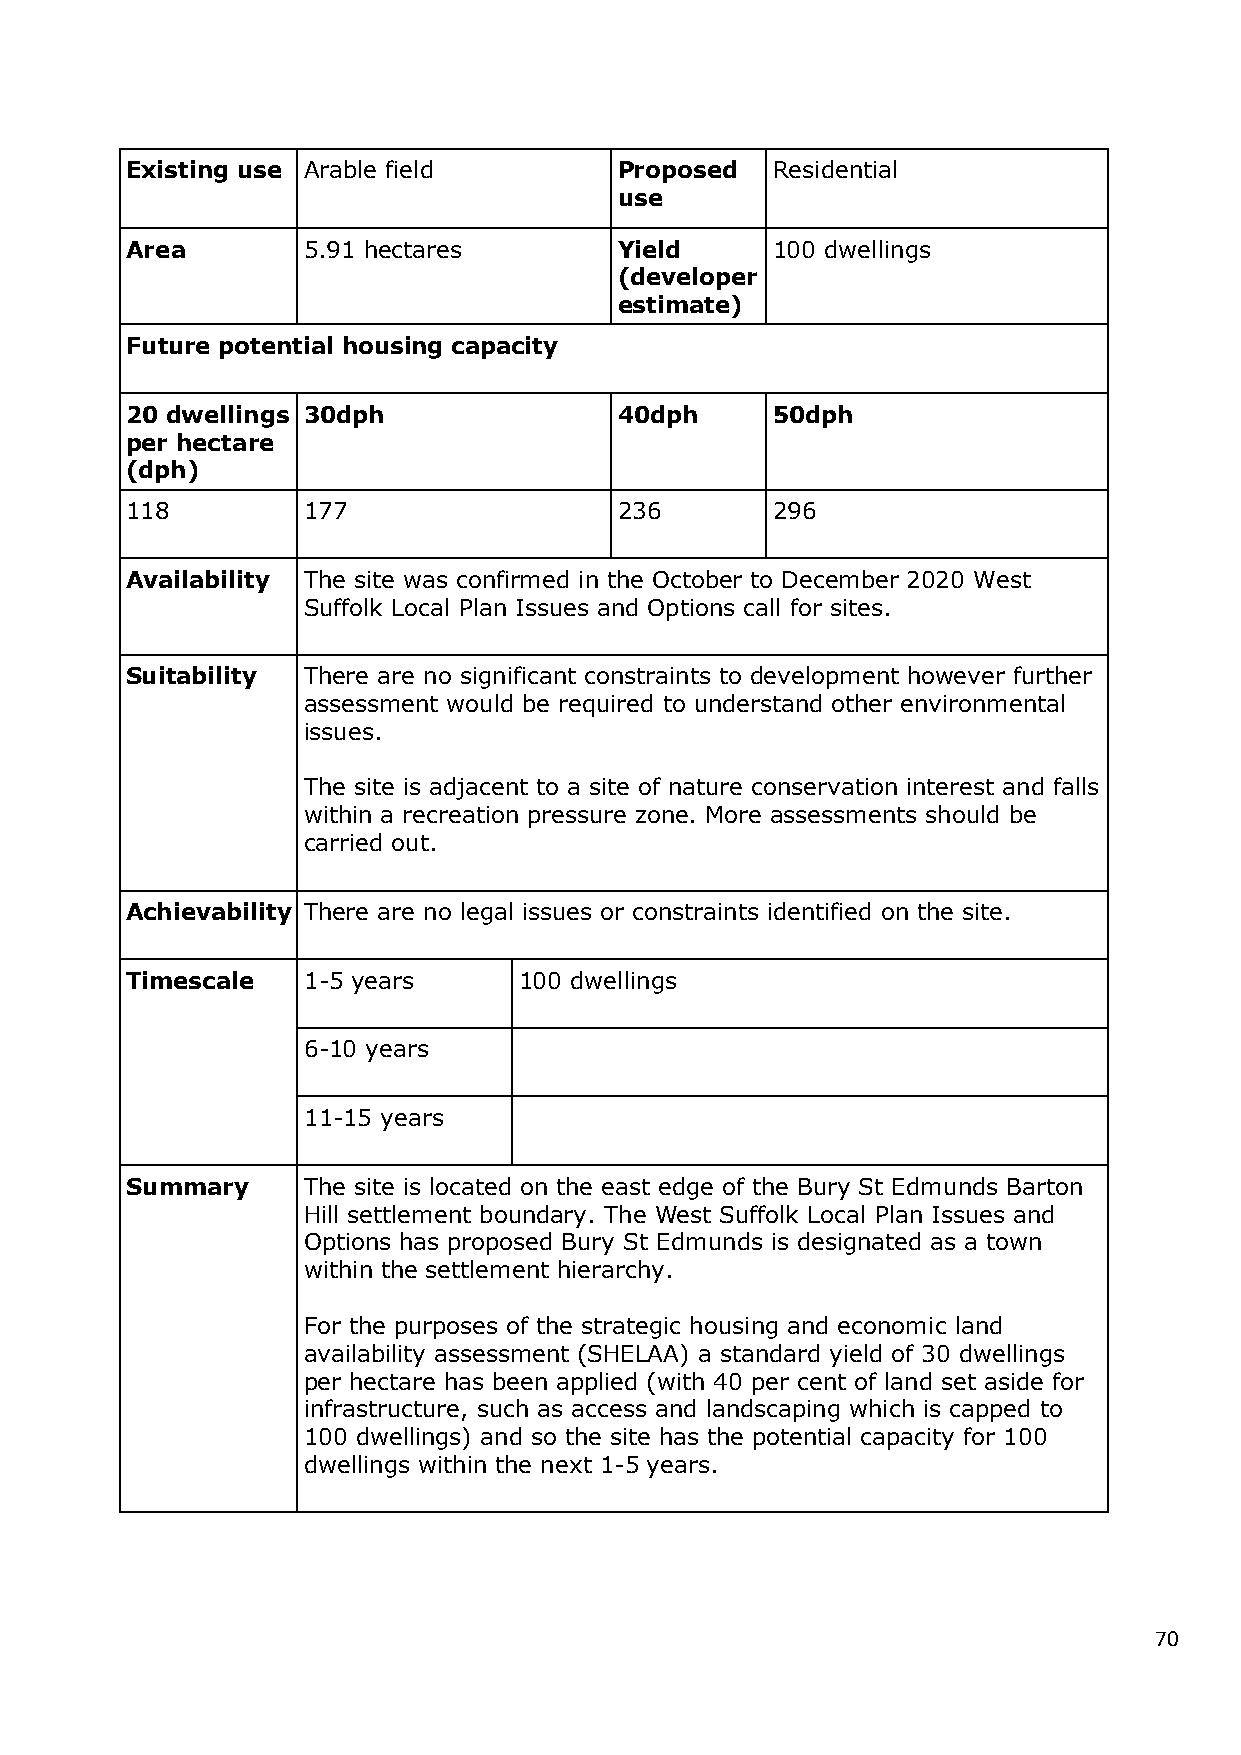
Existing use Arable field        Proposed  Residential
 use
 Area        5.91 hectares        Yield     100 dwellings
 (developer
 estimate)
 Future potential housing capacity
 20 dwellings 30dph               40dph     50dph
 per hectare
 (dph)
 118         177                  236       296
 Availability The site was confirmed in the October to December 2020 West
 Suffolk Local Plan Issues and Options call for sites.
 Suitability There are no significant constraints to development however further
 assessment would be required to understand other environmental
 issues.
 The site is adjacent to a site of nature conservation interest and falls
 within a recreation pressure zone. More assessments should be
 carried out.
 Achievability There are no legal issues or constraints identified on the site.
 Timescale   1-5 years     100 dwellings
 6-10 years
 11-15 years
 Summary     The site is located on the east edge of the Bury St Edmunds Barton
 Hill settlement boundary. The West Suffolk Local Plan Issues and
 Options has proposed Bury St Edmunds is designated as a town
 within the settlement hierarchy.
 For the purposes of the strategic housing and economic land
 availability assessment (SHELAA) a standard yield of 30 dwellings
 per hectare has been applied (with 40 per cent of land set aside for
 infrastructure, such as access and landscaping which is capped to
 100 dwellings) and so the site has the potential capacity for 100
 dwellings within the next 1-5 years.
 70